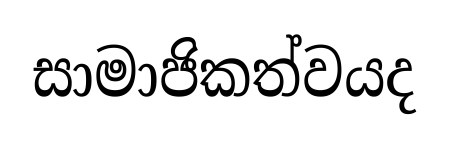
සාමාජිකත්වයද